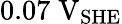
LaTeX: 0.07\; \mathrm{V}_{\mathrm{SHE}}